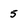
Character: 5